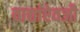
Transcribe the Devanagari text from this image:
वाद्यांऐवजी